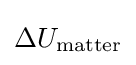
\Delta U_{\mathrm {matter} }